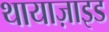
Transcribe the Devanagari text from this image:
थायाज़ाइड